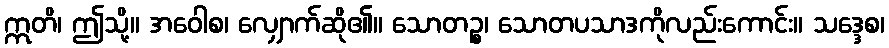
ဣတိ၊ ဤသို့။ အဝေါစ၊ လျှောက်ဆို၏။ သောတဉ္စ၊ သောတပသာဒကိုလည်းကောင်း။ သဒ္ဒေစ၊